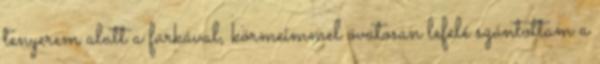
tenyerem alatt a farkával, körmeimmel óvatosan lefelé szántottam a